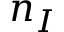
n _ { I }